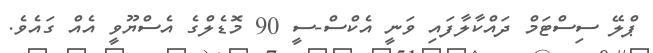
ޕްލޭ ސިސްޓަމް ދައްކާލާފައި ވަނީ އެކްސް-ސީ 90 މޮޑެލްގެ އެސްޔޫވީ އެއް ގައެވެ.